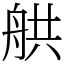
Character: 舼